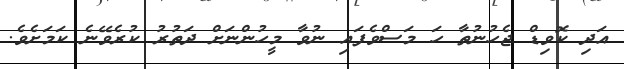
އަދި ކޮވިޑް ޖެހުނުތާ ހަ މަސްވެފައި ނުވާ މީހުންނަށް ދަތުރު ކުރެވޭނެ ކަމަށެވެ.